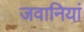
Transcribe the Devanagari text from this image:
जवानियां